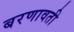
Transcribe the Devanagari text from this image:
बरणावती